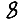
Digit: 8